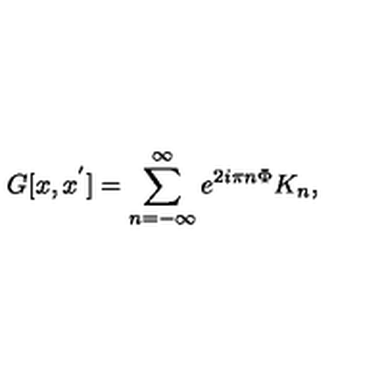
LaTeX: G [ x , x ^ { ' } ] = \sum _ { n = - \infty } ^ { \infty } e ^ { 2 i \pi n \Phi } K _ { n } ,